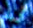
أريد